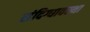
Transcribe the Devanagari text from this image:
संदिग्धावस्था